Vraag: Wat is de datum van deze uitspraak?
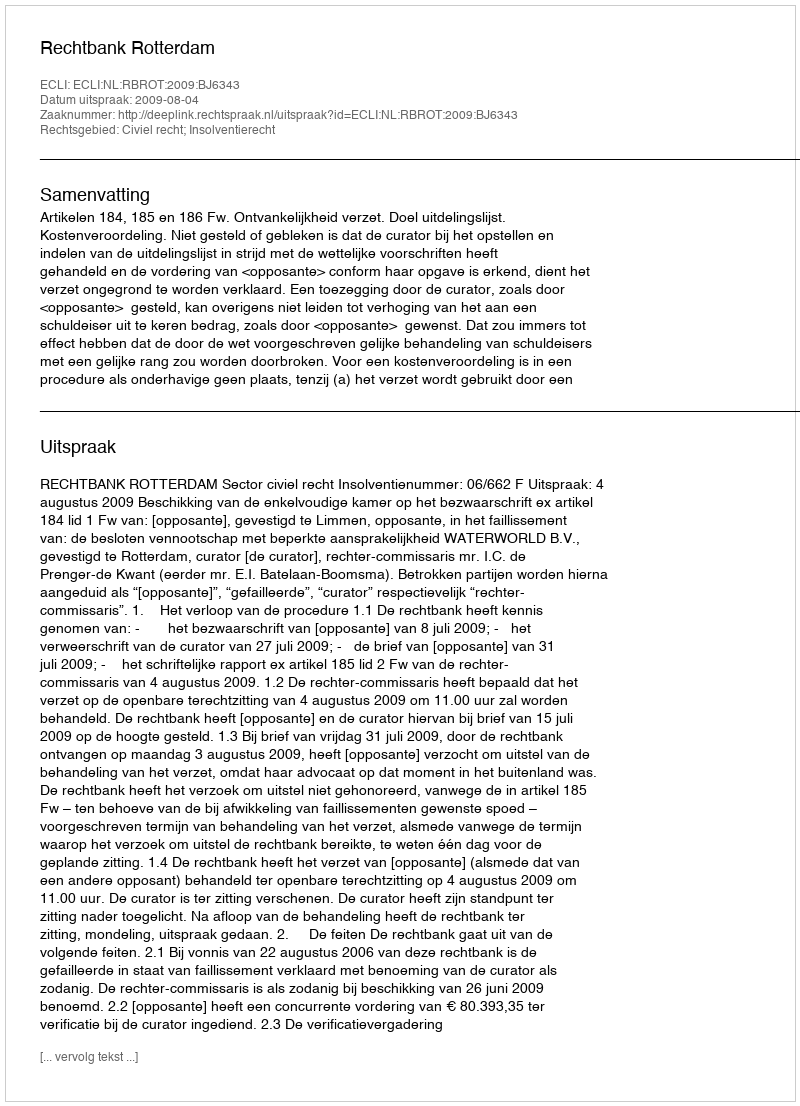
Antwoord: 2009-08-04